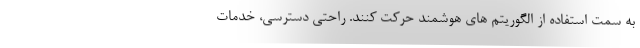
به سمت استفاده از الگوریتم­ های هوشمند حرکت کنند. راحتی دسترسی، خدمات